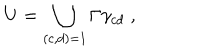
U = \bigcup _ { ( c , d ) = 1 } \Gamma \gamma _ { c d } \; ,